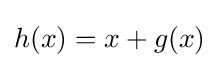
h(x)=x+g(x)